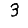
Digit: 3